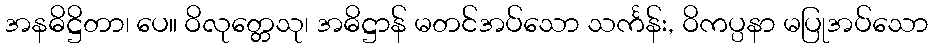
အနဓိဋ္ဌိတာ၊ ပေ။ ဝိလုတ္တေသု၊ အဓိဋ္ဌာန် မတင်အပ်သော သင်္ကန်း, ဝိကပ္ပနာ မပြုအပ်သော